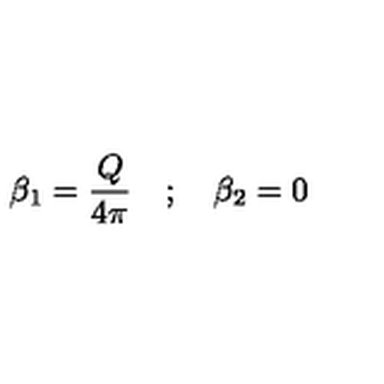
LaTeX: \beta _ { 1 } = \frac { Q } { 4 \pi } \quad ; \quad \beta _ { 2 } = 0